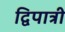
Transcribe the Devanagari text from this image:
द्विपात्री